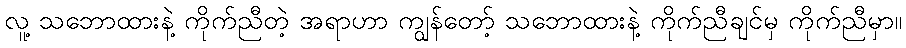
လူ့ သဘောထားနဲ့ ကိုက်ညီတဲ့ အရာဟာ ကျွန်တော့် သဘောထားနဲ့ ကိုက်ညီချင်မှ ကိုက်ညီမှာ။